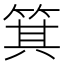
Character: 箕